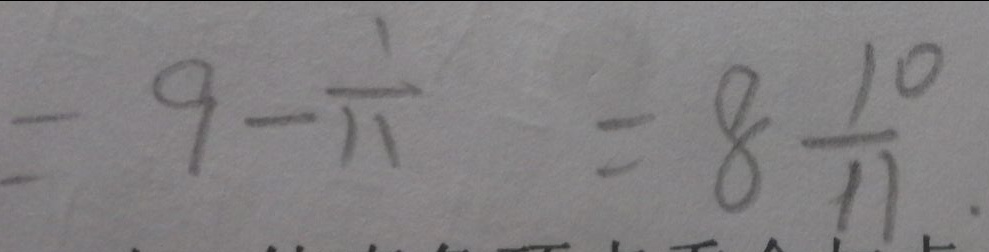
= 9 - \frac { 1 } { 1 1 } = 8 \frac { 1 0 } { 1 1 } .